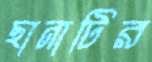
ছানাটির